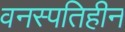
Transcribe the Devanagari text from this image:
वनस्‍पतिहीन